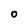
Character: O